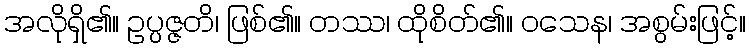
အလိုရှိ၏။ ဥပ္ပဇ္ဇတိ၊ ဖြစ်၏။ တဿ၊ ထိုစိတ်၏။ ဝသေန၊ အစွမ်းဖြင့်။